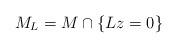
LaTeX: \begin{align*}M_L = M \cap \{ L z = 0 \}\end{align*}